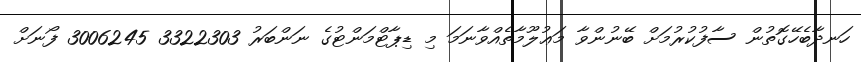
ހަނދާބެހޭގޮތުން ސާފުކުރުމަށް ބޭނުންވާ މަޢުލޫމާތެއްވާނަމަ މި ޑިޕާޓްމަންޓުގެ ނަންބަރު 3322303 3006245 ފޯނަށް